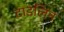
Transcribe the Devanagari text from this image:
टाइलिन